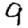
Digit: 9